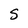
Character: S